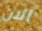
الان